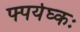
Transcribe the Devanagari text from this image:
फ्पर्यघ्कः